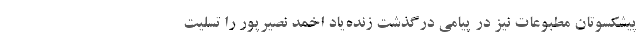
پیشکسوتان مطبوعات نیز در پیامی درگذشت زنده‌یاد اخمد نصیرپور را تسلیت